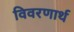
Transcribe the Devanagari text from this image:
विवरणार्थ